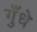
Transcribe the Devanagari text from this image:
गुँधे